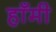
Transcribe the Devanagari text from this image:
हाँमी